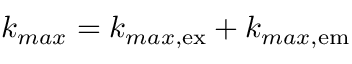
k _ { m a x } = k _ { m a x , \mathrm { e x } } + k _ { m a x , \mathrm { e m } }